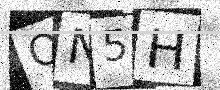
Text: ON5H